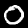
Label: 0